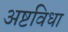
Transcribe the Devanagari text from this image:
अष्टविधा